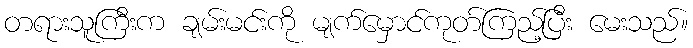
တရားသူကြီးက ချမ်းမင်းကို မျက်မှောင်ကုတ်ကြည့်ပြီး မေးသည်။